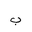
Letter: _ba